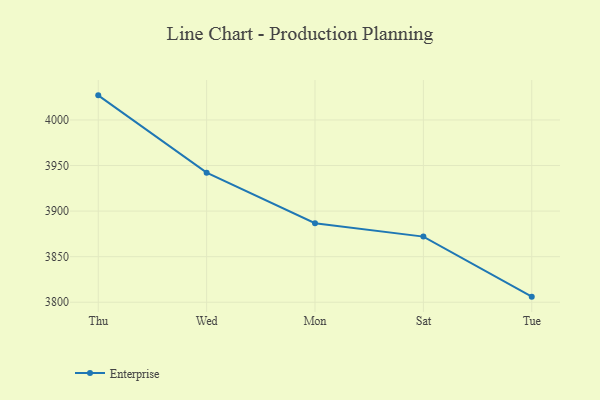
{"axis": {"x": "Day", "y": "Satisfaction Score"}, "legend": ["Enterprise"], "data": [{"x": "Thu", "y": 4027.0, "type": "Enterprise"}, {"x": "Wed", "y": 3942.2, "type": "Enterprise"}, {"x": "Mon", "y": 3886.7, "type": "Enterprise"}, {"x": "Sat", "y": 3872.0, "type": "Enterprise"}, {"x": "Tue", "y": 3806.1, "type": "Enterprise"}]}